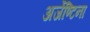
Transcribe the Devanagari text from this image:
अर्जेण्टिना